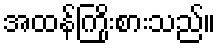
အထန်ကြိုးစားသည်။